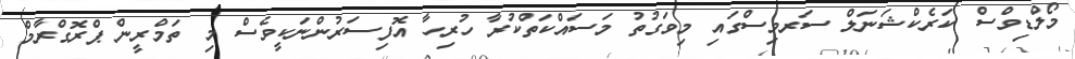
މޯލްޑިވްސް ކަރެކްޝަނަލް ސަރވިސްގައި މިވަގުތު މަސައްކަތްކުރާ ހުރިހާ އޮފިސަރުންނަކީވެސް މި ތަމްރީން ޕްރޮގްރާމް